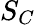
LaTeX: S_{C}